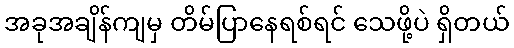
အခုအချိန်ကျမှ တိမ်ပြာနေရစ်ရင် သေဖို့ပဲ ရှိတယ်